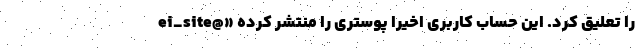
ei_site@» را تعلیق کرد. این حساب کاربری اخیراً پوستری را منتشر کرده